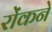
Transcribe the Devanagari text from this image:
रोंकने